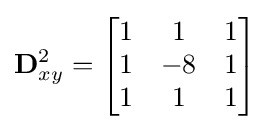
\mathbf {D} _{xy}^{2}={\begin{bmatrix}1&1&1\\1&-8&1\\1&1&1\end{bmatrix}}